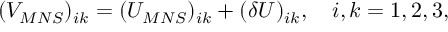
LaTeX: ( V _ { M N S } ) _ { i k } = ( U _ { M N S } ) _ { i k } + ( \delta U ) _ { i k } , \quad i , k = 1 , 2 , 3 ,